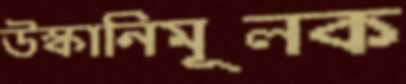
উস্কানিমূলক